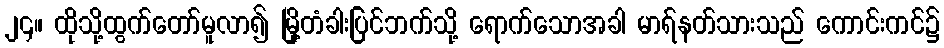
၂၄။ ထိုသို့ထွက်တော်မူလာ၍ မြို့တံခါးပြင်ဘက်သို့ ရောက်သောအခါ မာရ်နတ်သားသည် ကောင်းကင်၌